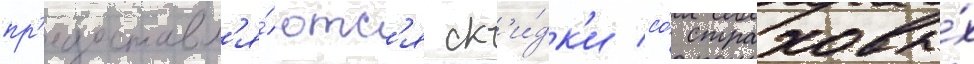
пр'едоставл'я́ютс'я ск'и́дк'и со́ страховы́х